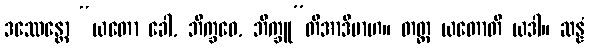
ဒဿေန္တော “ယတော ခေါ, ဘိက္ခဝေ, ဘိက္ခူ”တိအာဒိမာဟ။ တတ္ထ ယတောတိ ယဒါ။ ဆန္နံ